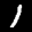
Label: 1